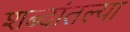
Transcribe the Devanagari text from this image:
शब्दांतल्या